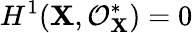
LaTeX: H^{1}(\mathbf{X},{\mathcal{{O}}}_{\mathbf{X}}^{*})=0